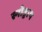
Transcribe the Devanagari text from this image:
स्नोड्राप